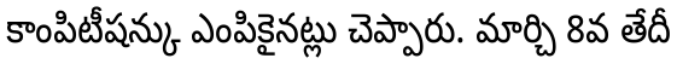
కాంపిటీషన్కు ఎంపికైనట్లు చెప్పారు. మార్చి 8వ తేదీ